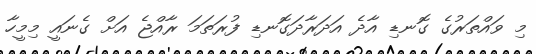
މި ވައްތަރުގެ ގޮނޑި އާދެ އަދަރާދަގޮނޑި ފުރަތަމަ ރާއްޖެ އަށް ގެނައީ މިމީހާ